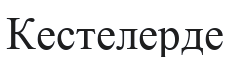
Кестелерде